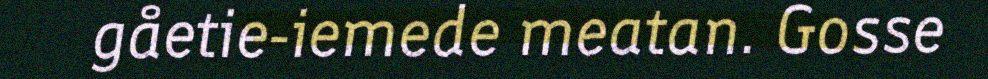
gåetie-iemede meatan. Gosse